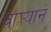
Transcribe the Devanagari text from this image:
वार्‍यानं